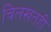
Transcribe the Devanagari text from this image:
चिलखतही